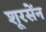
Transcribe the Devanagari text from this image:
शूरसेंन